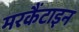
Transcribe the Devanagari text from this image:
मरकैंटाइन